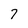
Character: 7